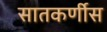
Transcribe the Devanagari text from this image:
सातकर्णीस